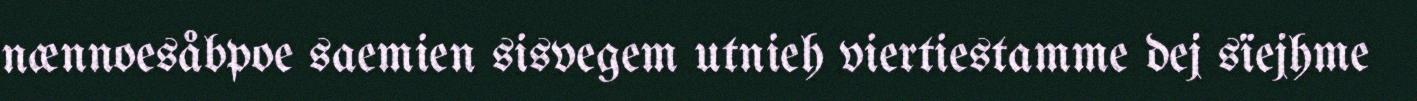
nænnoesåbpoe saemien sisvegem utnieh viertiestamme dej sïejhme